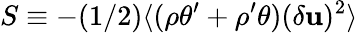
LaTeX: S\equiv-(1/2)\langle(\rho\theta^{\prime}+\rho^{\prime}\theta)(\delta{\mathbf u})^{2}\rangle